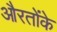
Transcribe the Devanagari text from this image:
औरतोंके